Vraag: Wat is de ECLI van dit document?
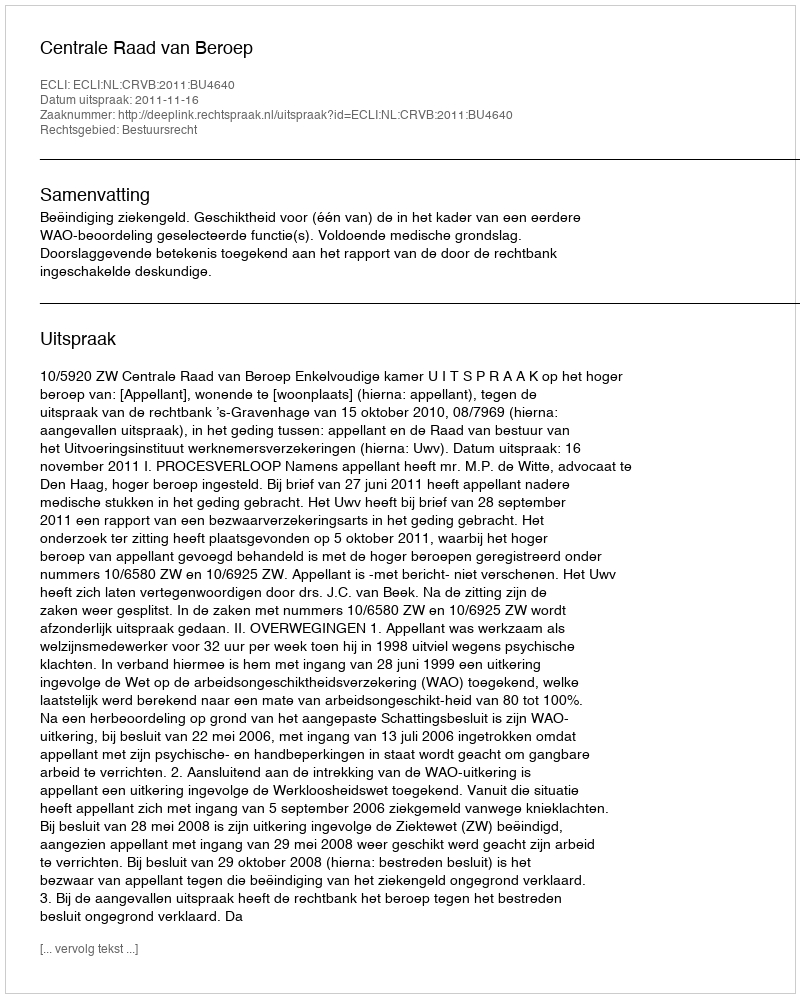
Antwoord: ECLI:NL:CRVB:2011:BU4640